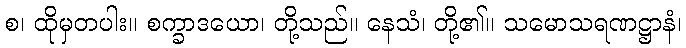
စ၊ ထိုမှတပါး။ စက္ခာဒယော၊ တို့သည်။ နေသံ၊ တို့၏။ သမောသရဏဋ္ဌာနံ၊